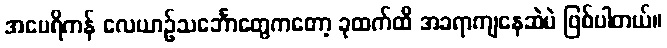
အမေရိကန် လေယာဥ်သင်္ဘောတွေကတော့ ခုထက်ထိ အခရာကျနေဆဲပဲ ဖြစ်ပါတယ်။